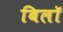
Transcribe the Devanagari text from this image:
बिलॉ